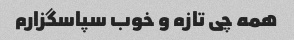
همه چی تازه و خوب سپاسگزارم